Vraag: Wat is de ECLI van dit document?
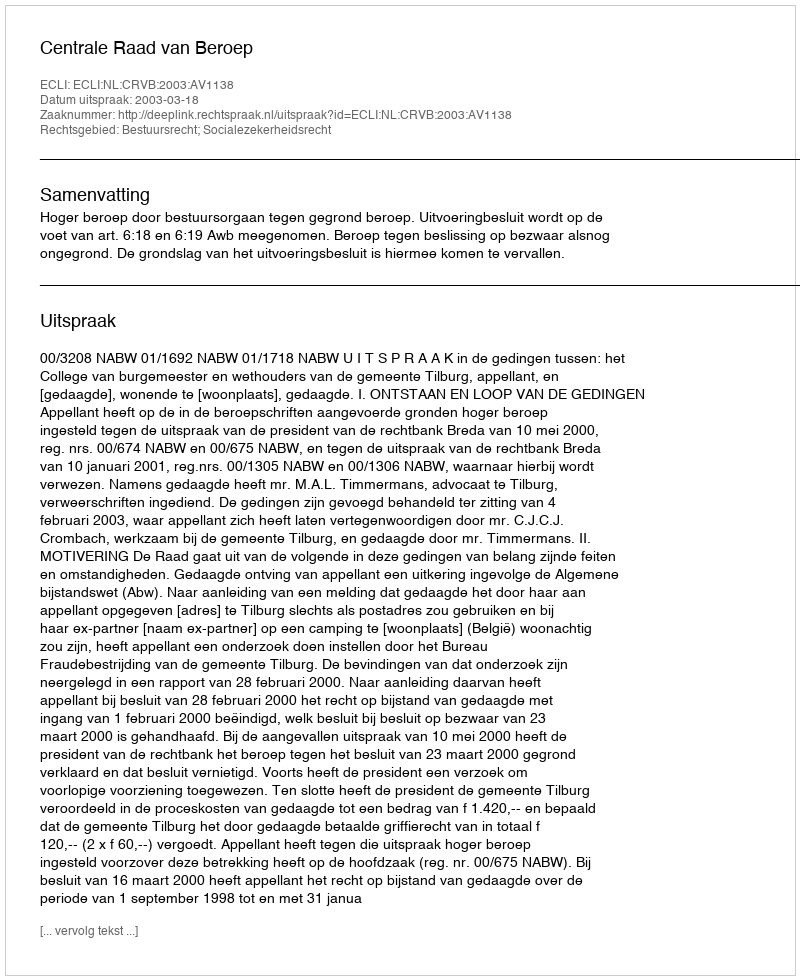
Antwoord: ECLI:NL:CRVB:2003:AV1138